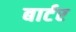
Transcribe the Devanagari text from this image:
बार्टर